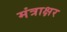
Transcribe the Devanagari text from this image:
मंत्राक्षर